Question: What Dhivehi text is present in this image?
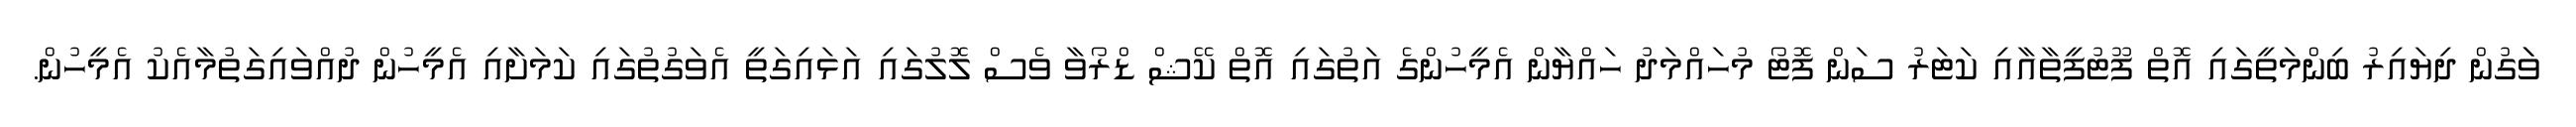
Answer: ވަަގުން ދިޔައިރު ބިންމަތީގައި އޮތް ފޫޓުފީތާއާއި ކަޓަރު ސަން ފޮޓޯ މުހައްމަދު ހައްޔާން އެމީހުންގެ އަތުގައި އޮތް ކޭޝް ޑްރޯވާ ވެސް ލޮލުގައި އަޅައިގަތީ އެވަގުތުގައި ކަމަށާއި އެމީހުން ދުއްވައިގަތުމާއެކު އެމީހުން.